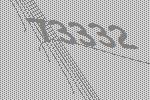
73332